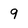
Character: 9